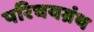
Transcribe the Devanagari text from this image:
परिचयग्रंथ